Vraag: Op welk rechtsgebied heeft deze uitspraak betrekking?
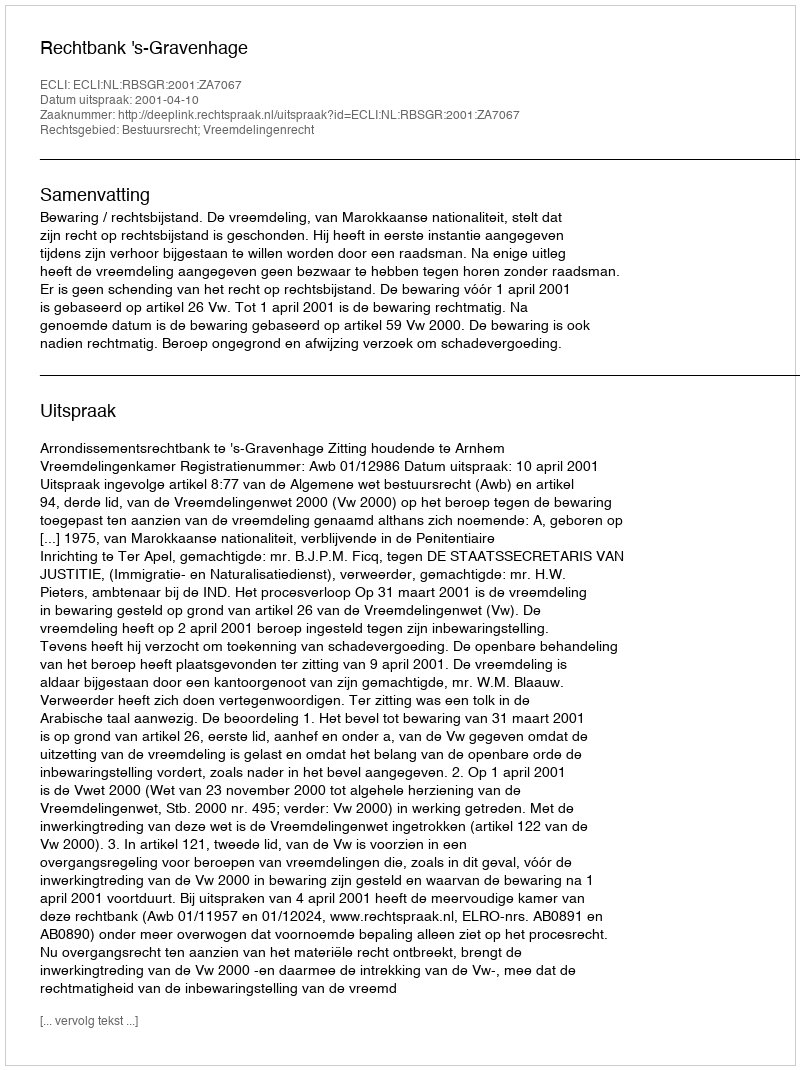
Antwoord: Bestuursrecht; Vreemdelingenrecht